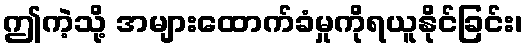
ဤကဲ့သို့ အများထောက်ခံမှုကိုရယူနိုင်ခြင်း၊